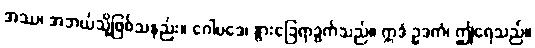
အဿ၊ အဘယ်သို့ဖြစ်သနည်း။ ဂေါပဒေ၊ နွားခြေရာခွက်သည်။ ဣဒံ ဥဒကံ၊ ဤရေသည်။